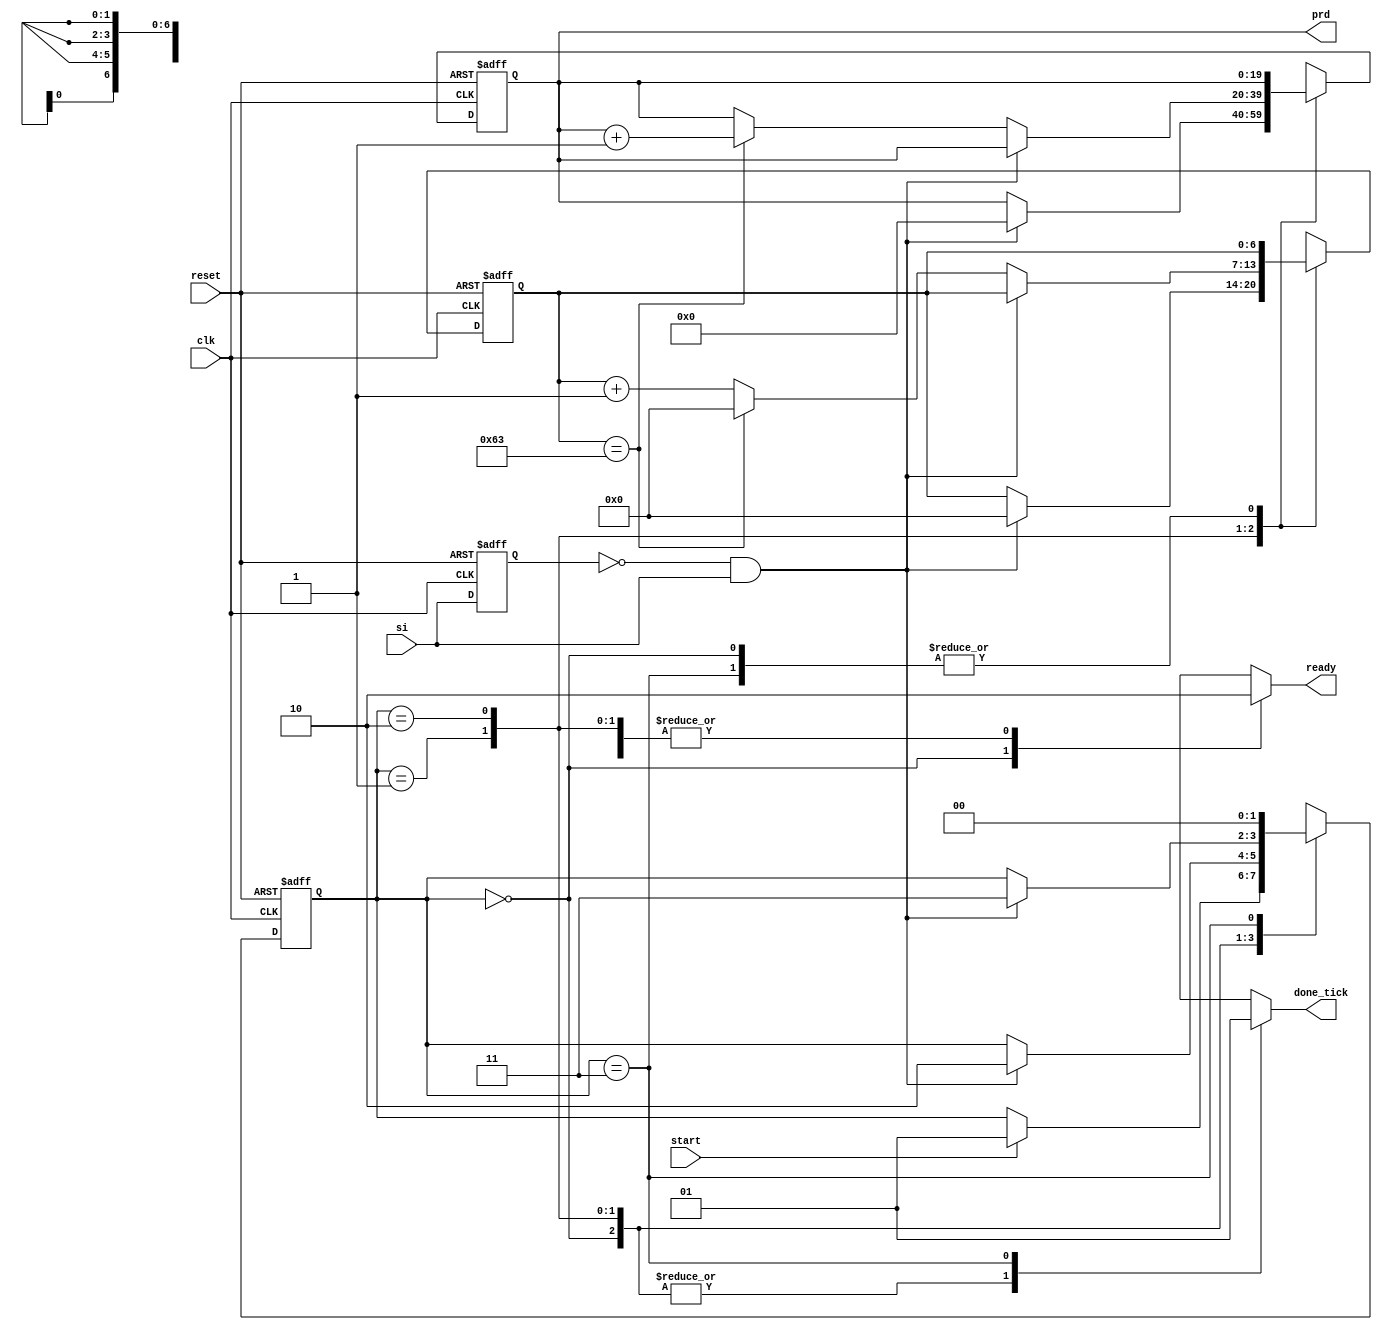
// Period counter

module period_counter
    (
     input  wire       clk, reset,
     input  wire       start, si,
     output reg        ready, done_tick,
     output wire[19:0]  prd
    );

    // symbolic state declaration
    localparam[1:0]
        idle  = 2'b00,
        waite = 2'b01,
        count = 2'b10,
        done  = 2'b11;

    // constant declaration
    localparam CLK_US_COUNT = 100;  // 1us tick (10ns clk)

    // signal declaration
    reg[1:0]   state_reg, state_next;
    reg[6:0]   t_reg, t_next;  // up to 100
    reg[19:0]  p_reg, p_next;  // up to 1 sec
    reg        delay_reg;
    wire       edg;

    // body
    // FSM state & data registers
    always @(posedge clk, posedge reset)
        if (reset)
            begin
                state_reg <= idle;
                t_reg     <= 0;
                p_reg     <= 0;
                delay_reg <= 0;
            end
        else
            begin
                state_reg <= state_next;
                t_reg     <= t_next;
                p_reg     <= p_next;
                delay_reg <= si;
            end

    // rising-edge tick
    assign edg = ~delay_reg & si;

    // FSMD next-state logic
    always @*
    begin
        state_next = state_reg;
        ready      = 1'b0;
        done_tick  = 1'b0;
        p_next     = p_reg;
        t_next     = t_reg;
        case (state_reg)
            idle:
                begin
                    ready = 1'b1;
                    if (start)
                        state_next = waite;
                end
            waite:  // wait for the first edge
                if (edg)
                    begin
                        state_next = count;
                        t_next     = 0;
                        p_next     = 0;
                    end
            count:
                if (edg) // 2nd edge arrived
                    state_next = done;
                else
                    if (t_reg == CLK_US_COUNT - 1) // 1 ms tick
                        begin
                            t_next = 0;
                            p_next = p_reg + 1;
                        end
                    else
                        t_next = t_reg + 1;
            done:
                begin
                    done_tick  = 1'b1;
                    state_next = idle;
                end
            default: state_next = idle;
        endcase
    end

    // output
    assign prd = p_reg;

endmodule